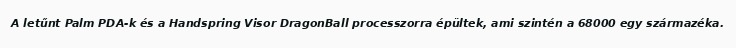
A letűnt Palm PDA-k és a Handspring Visor DragonBall processzorra épültek, ami szintén a 68000 egy származéka.